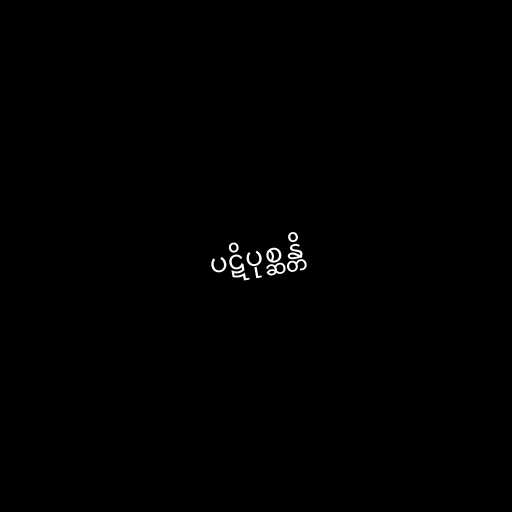
ပဋိပုစ္ဆန္တိ